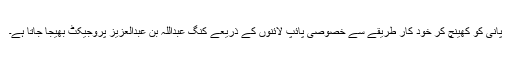
پانی کو کھینچ کر خود کار طریقے سے خصوصی پائپ لائنوں کے ذریعے کنگ عبداللہ بن عبدالعزیز پروجیکٹ بھیجا جاتا ہے۔